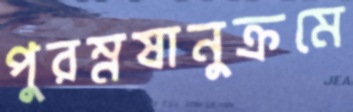
পুরম্নষানুক্রমে